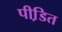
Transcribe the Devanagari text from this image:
पीडि़त